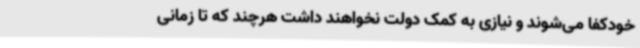
خودکفا می‌شوند و نیازی به کمک دولت نخواهند داشت هرچند که تا زمانی